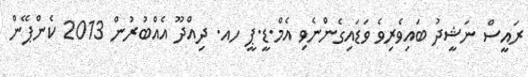
ރައީސް ނަޝީދު ބައިވެރިވެ ވަޑައިގެންނެވި އެމް.ޑީ.ޕީ ހއ. ދިއްދޫ އެއްބުރުން 2013 ކެންޕޭން